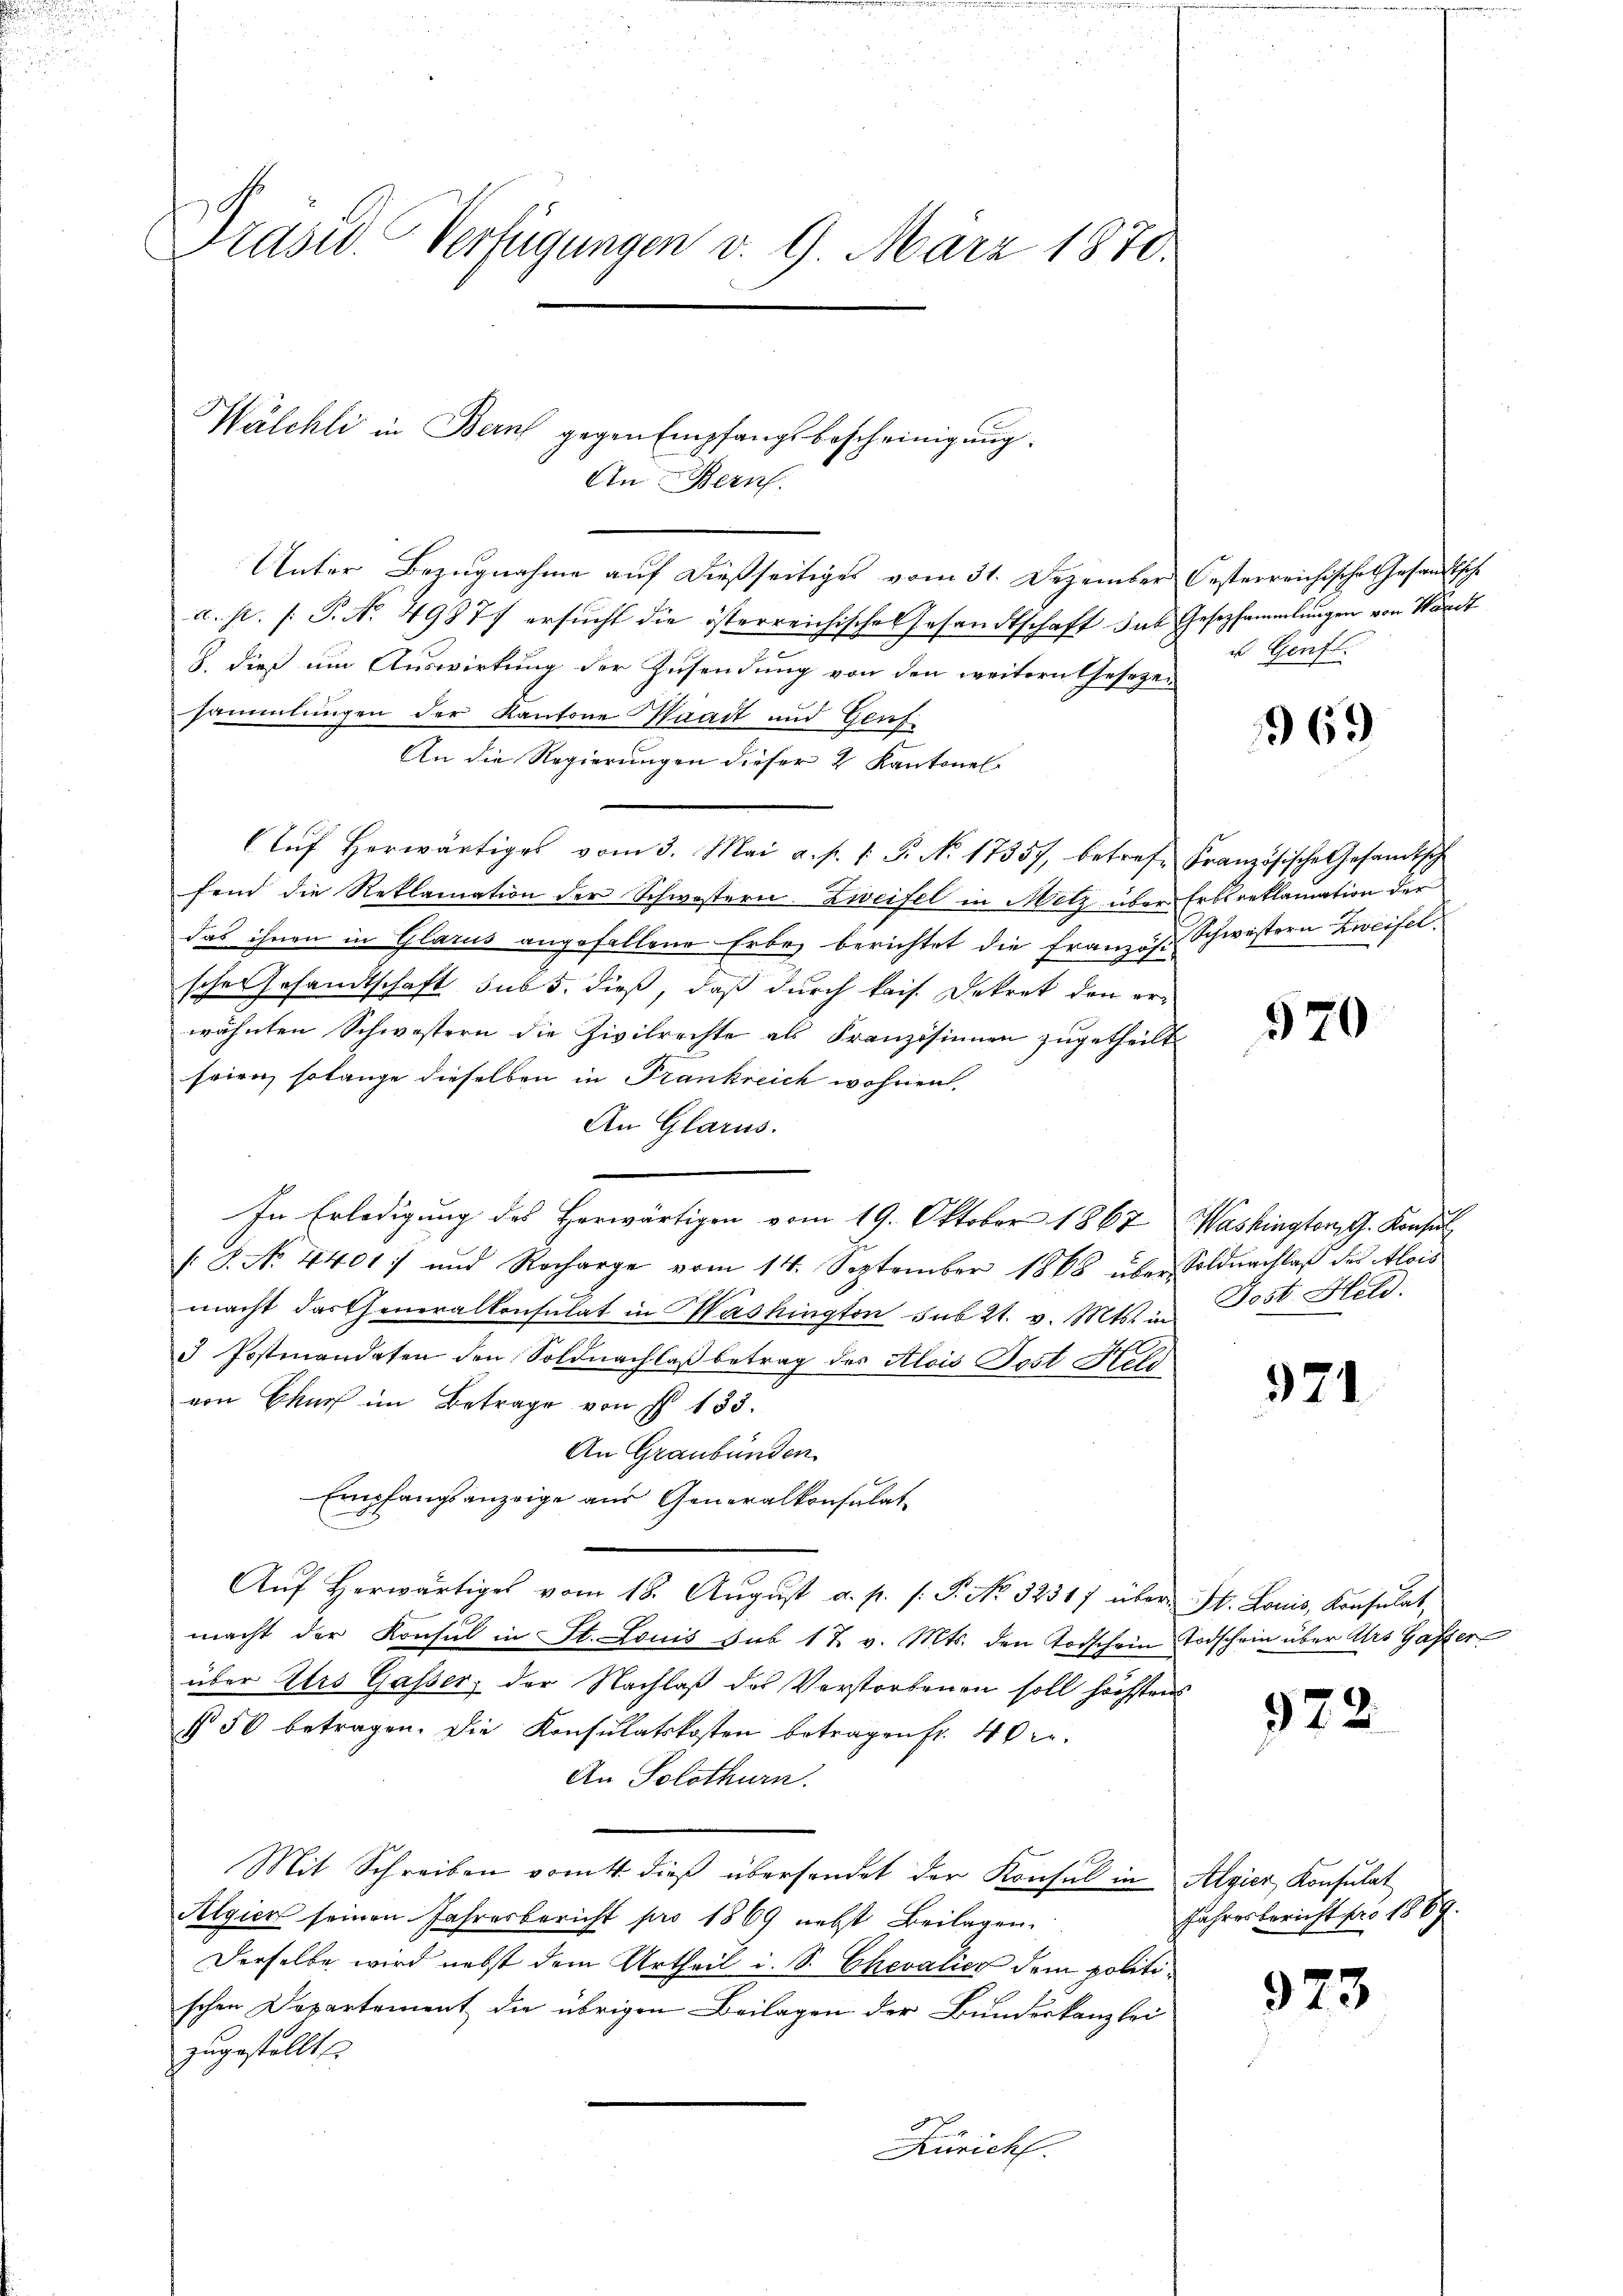
Präsid. Verfügungen v. 9. März 1870.

Wälchli in Bern gegen Empfangsbescheinigung.
An. Beruf
Unter Bezŭgnahme aŭf dießseitiges vom 31. Dezember Oesterreichische Gesandtsch
a. pr. [: P. No. 49877 ersucht die österreichisches Gesandtschaft das Gesetzsammlungen von Wärst
8. dieß um Auswirkung der Zusendung von den weitern Gesezen
sammlungen der Kantone Waadt und Genf
An die Regierungen dieser 2 Kantonal-
Aŭf herwärtiges vom 3. Mai a. f. 1. P. N. 17357, betref Französische Gesandtsch
fend die Reklamation der Schwestern Zweifel in Metz über Erbsreklamation der
das ihnen in Glarus angefallene Erbe berichtet die Französ. Schwestern Zweifel
sche Gesandtschaft sub 5. dieß, daß durch kais. Dekret den er-
wähnten Schwestern die Zivilrechte als Französinnen zugetheilt
seien, solange dieselben in Frankreich wohnen.
An Glarus.
In Erledigung des Herwärtigen vom 19. Oktober 1867, Washington G. Konsul
/S. No. 4401; und Recharge vom 14. September 1868 über Soldnachlaβ des Alois
macht das Generalkonsulat in Mashington sub 21. v. Mts. in Post Held.

3 Postmandaten den Soldnachlaß betrag des Alois Post Kell
von Bau im Betrage von § 133.
An Graubünden.
Empfangsanzeige aus Generalkonsulat
Aŭf herwärtiges vom 18. Aŭgŭst a. p. s. P. No. 32317 über St. Louis, Konsulat,
macht der Konsul in St. Louis sub 17 v. Mts. den Todschein Todschein über Urs Gaster-
über Urs Gasser, der Nachlaß des Verstorbenen soll höchstens
§ 50 betragen. Die Konsulatskosten betragen fr. 40 r.
An Solothurn.
Mit Schreiben vom 4 dieß übersendet der Konsul in Algier Konsulat
Algien seinen Jahresbericht pro 1869 nebst Beilagen.
Derselbe wird nebst dem Urtheil i. S. Chevalicz dem politischen Departement die übrigen Beilagen der Bundeskanzlei
zugestellt.
Zürich.

u Genf.

969

570

971

972.

Jahresbericht pro 1869.

973